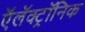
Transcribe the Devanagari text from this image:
ऍलॅक्ट्रॉनिक